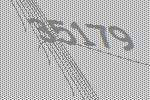
35179